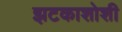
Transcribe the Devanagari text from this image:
झटकाशोशी